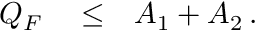
\begin{array} { r l r } { Q _ { F } } & { { } \le } & { A _ { 1 } + A _ { 2 } \, . } \end{array}